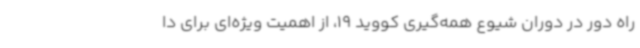
راه دور در دوران شیوع همه‌گیری کووید 19، از اهمیت ویژه‌ای برای دا